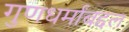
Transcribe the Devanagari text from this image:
गुणधर्मांबद्दल